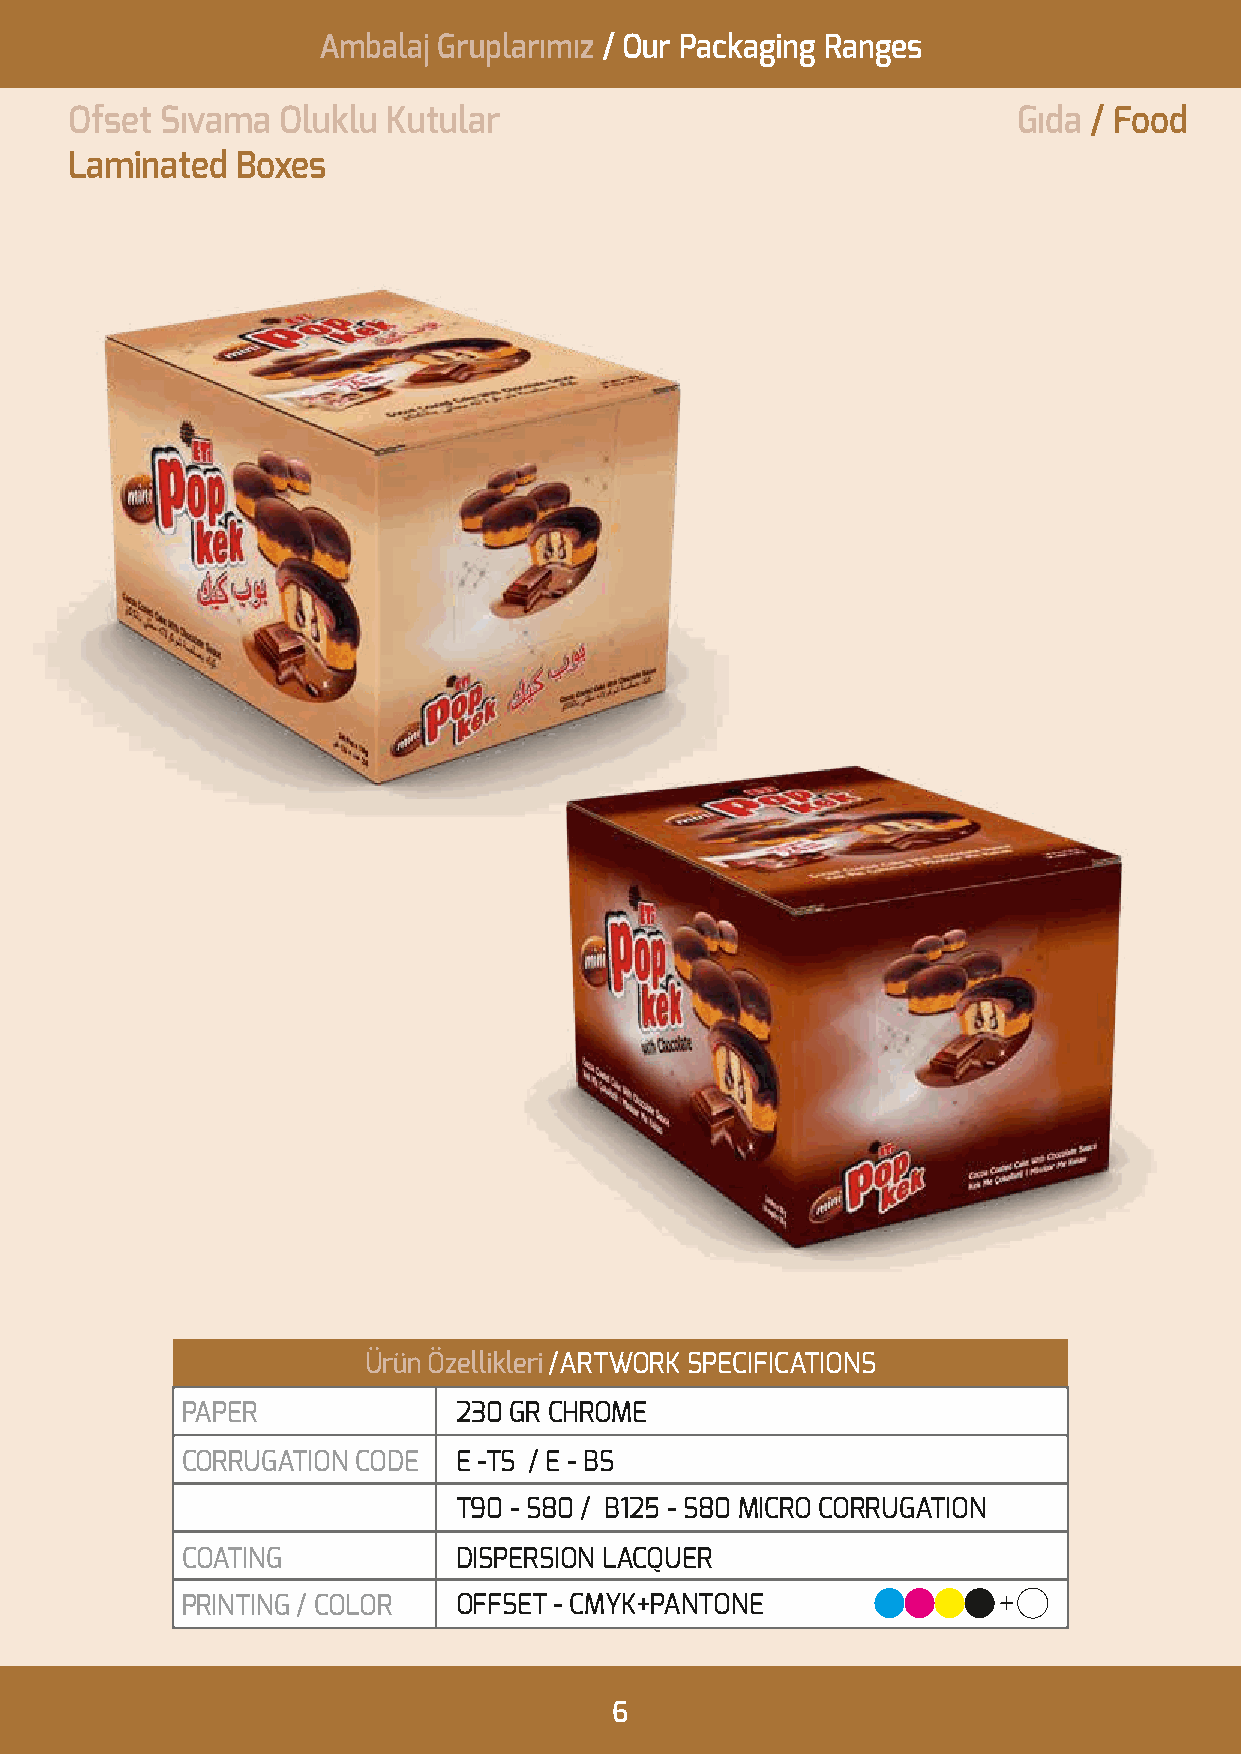
Ambalaj Gruplarımız / Our Packaging Ranges
 Ofset Sıvama  Oluklu Kutular                                  Gıda / Food
 Laminated  Boxes
 Ürün Özellikleri /ARTWORK SPECIFICATIONS
 PAPER             230 GR CHROME
 CORRUGATION CODE  E -TS / E - BS
 T90 - S80 / B125 - S80 MICRO CORRUGATION
 COATING           DISPERSION LACQUER
 PRINTING / COLOR  OFFSET - CMYK+PANTONE
 6